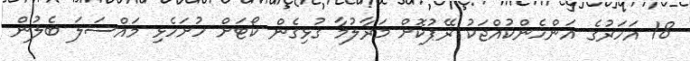
18 އަހަރުގެ އަންހެންކުއްޖަކު ރޭޕުކޮށް މަރާލުމާ ގުޅިގެން ކޯޓަށް ހުށަހެޅި މަައްސަލަ ބެލުން